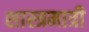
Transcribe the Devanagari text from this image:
शास्त्रमात्री